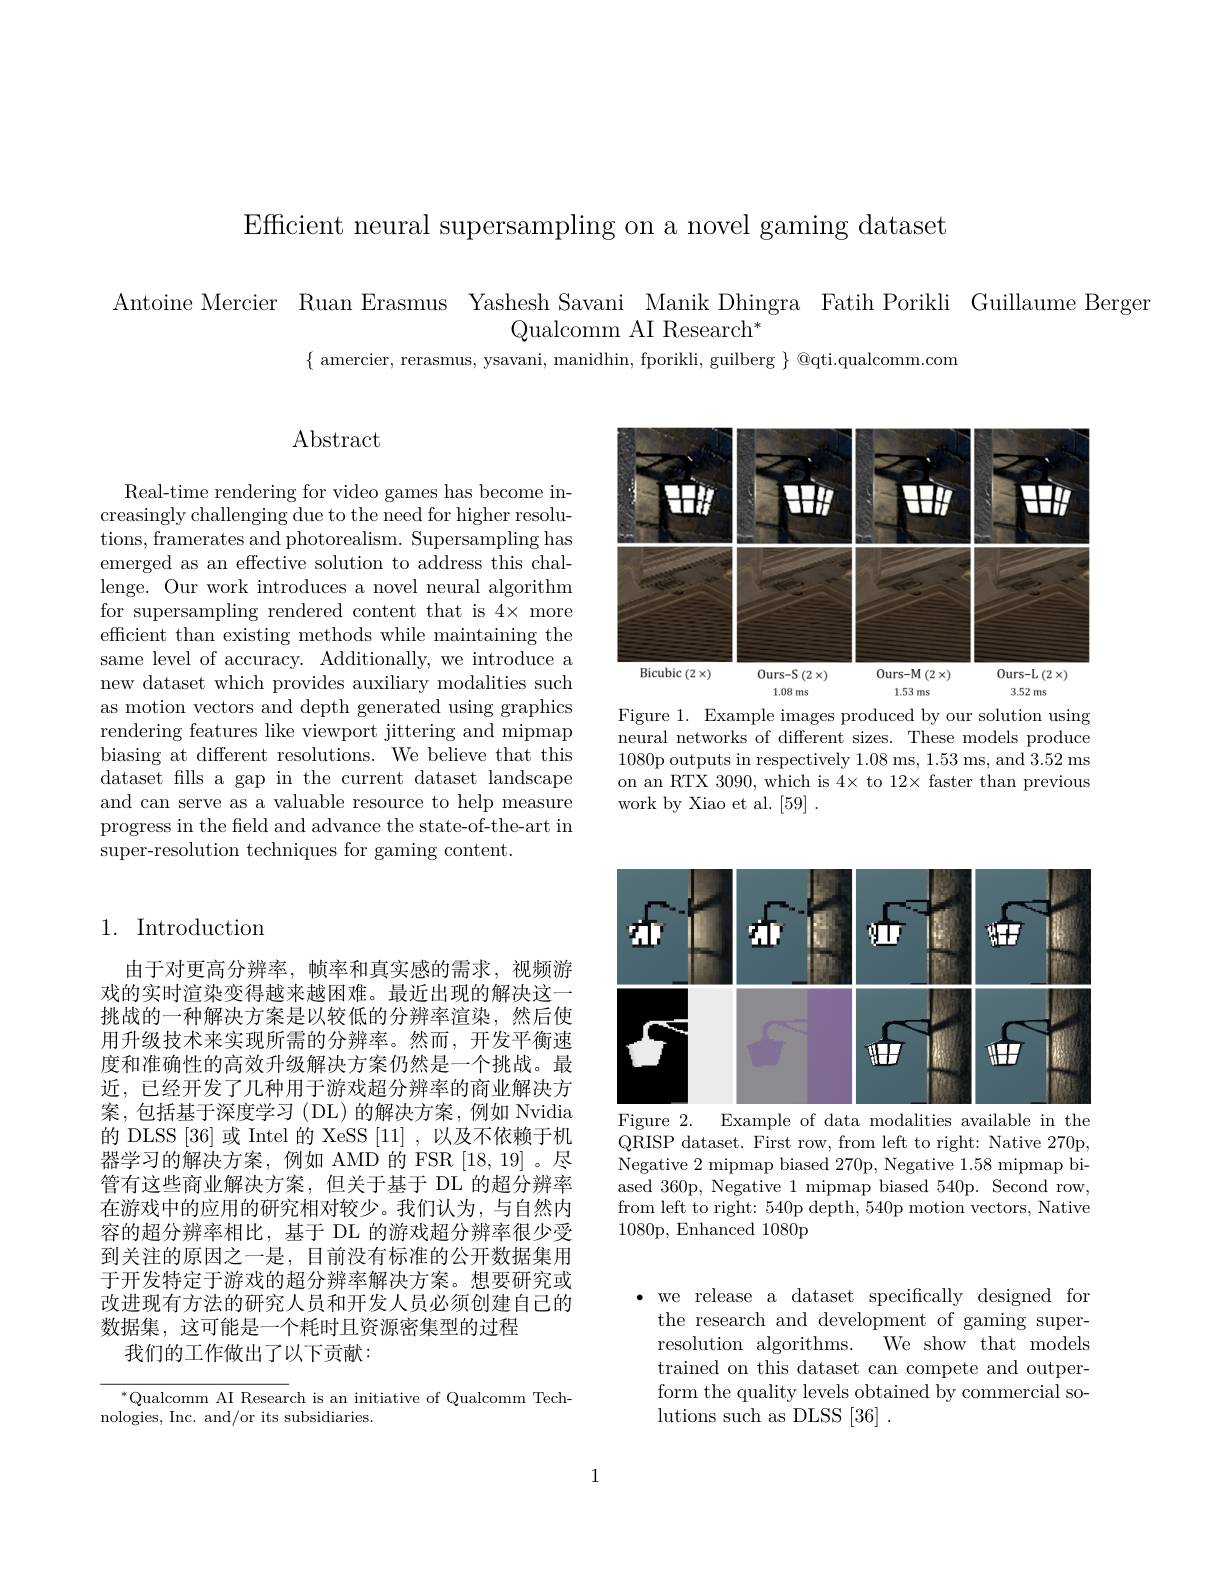
Efficient neural supersampling on a novel gaming dataset

Antoine Mercier Ruan Erasmus Yashesh Savani Manik Dhingra Fatih Porikli Guillaume Berger
Qualcomm AI Research$^*$

$\{$ amercier, rerasmus, ysavani, manidhin, fporikli, guilberg $\}$ @qti.qualcomm.com

# $\operatorname{Abstract}$

Real-time rendering for video games has become increasingly challenging due to the need for higher resolutions, framerates and photorealism. Supersampling has emerged as an effective solution to address this challenge. Our work introduces a novel neural algorithm for supersampling rendered content that is 4× more efficient than existing methods while maintaining the same level of accuracy. Additionally, we introduce a new dataset which provides auxiliary modalities such as motion vectors and depth generated using graphics rendering features like viewport jittering and mipmap biasing at different resolutions. We believe that this dataset fills a gap in the current dataset landscape and can serve as a valuable resource to help measure progress in the field and advance the state-of-the-art in super-resolution techniques for gaming content.

## 1. Introduction

由于对更高分辨率，帧率和真实感的需求，视频游戏的实时渲染变得越来越困难。最近出现的解决这一挑战的一种解决方案是以较低的分辨率渲染，然后使用升级技术来实现所需的分辨率。然而，开发平衡速度和准确性的高效升级解决方案仍然是一个挑战。最近，已经开发了几种用于游戏超分辨率的商业解决方案，包括基于深度学习(DL)的解决方案，例如 Nvidia 的 DLSS [36] 或 Intel 的 XeSS [11] , 以及不依赖于机器学习的解决方案，例如 AMD 的 FSR[18,19]。尽管有这些商业解决方案，但关于基于 DL 的超分辨率在游戏中的应用的研究相对较少。我们认为，与自然内容的超分辨率相比，基于 DL 的游戏超分辨率很少受到关注的原因之一是，目前没有标准的公开数据集用于开发特定于游戏的超分辨率解决方案。想要研究或改进现有方法的研究人员和开发人员必须创建自己的数据集，这可能是一个耗时且资源密集型的过程
我们的工作做出了以下贡献：

$^{*}$Qualcomm AI Research is an initiative of Qualcomm Tech-
nologies, Inc. and/ or its subsidiaries.

<FigureHere>
Figure 1. Example images produced by our solution using

neural networks of different sizes. These models produce 1080p outputs in respectively 1.08 ms, 1.53 ms, and 3.52 ms on an RTX 3090, which is 4× to 12× faster than previous work by Xiao et al. [59] .

<FigureHere>
Figure 2. Example of data modalities available in the

QRISP dataset. First row, from left to right: Native 270p, Negative 2 mipmap biased 270p, Negative 1.58 mipmap biased 360p, Negative 1 mipmap biased 540p. Second row, from left to right: 540p depth, 540p motion vectors, Native 1080p, Enhanced 1080p

$\bullet$ we release a dataset specifically designed for
the research and development of gaming super-
We show that models
resolution algorithms.
trained on this dataset can compete and outperform the quality levels obtained by commercial solutions such as DLSS [36] .

1